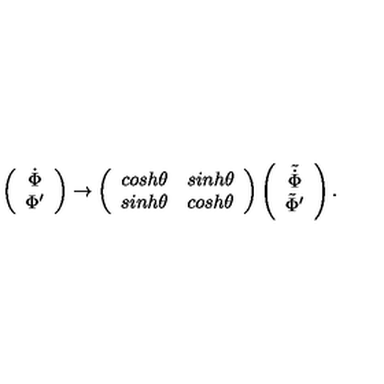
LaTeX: \left( \begin{array} { c } { \dot { \Phi } } \\ { \Phi ^ { \prime } } \\ \end{array} \right) \rightarrow \left( \begin{array} { c c } { c o s h \theta } & { s i n h \theta } \\ { s i n h \theta } & { c o s h \theta } \\ \end{array} \right) \left( \begin{array} { c } { \tilde { \dot { \Phi } } } \\ { \tilde { \Phi } ^ { \prime } } \\ \end{array} \right) .